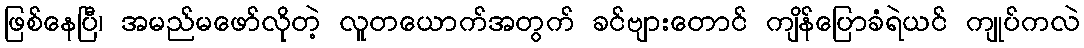
ဖြစ်နေပြီ၊ အမည်မဖော်လိုတဲ့ လူတယောက်အတွက် ခင်ဗျားတောင် ကျိန်ပြောခံရဲယင် ကျုပ်ကလဲ